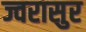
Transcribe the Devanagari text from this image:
ज्वरासुर